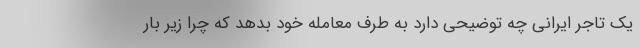
یک تاجر ایرانی چه توضیحی دارد به طرف معامله خود بدهد که چرا زیر بار